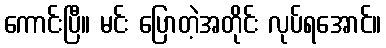
ကောင်းပြီ။ မင်း ပြောတဲ့အတိုင်း လုပ်ရအောင်။